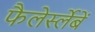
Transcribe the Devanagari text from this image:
फैलेर्स्लेबें